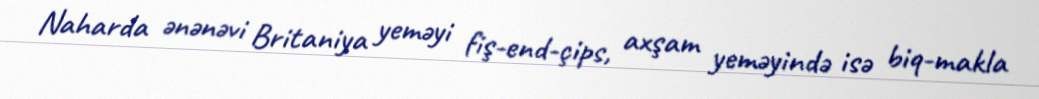
Naharda ənənəvi Britaniya yeməyi fiş-end-çips, axşam yeməyində isə biq-makla